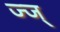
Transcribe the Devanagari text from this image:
ज्ज्